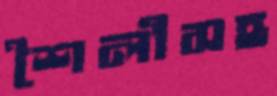
শৈলীসহ